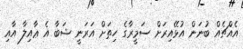
އެއްޗެއް ބުނަން އުޅޭއިރަށް ސަމީރާގެ ހިތަށް އަރަނީ ޝަބާ އެ ޢާއިލާ އާއި